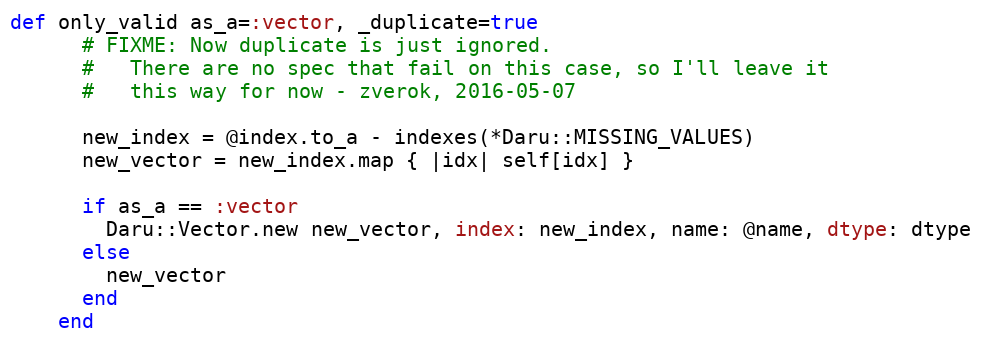
Language: Ruby
def only_valid as_a=:vector, _duplicate=true
      # FIXME: Now duplicate is just ignored.
      #   There are no spec that fail on this case, so I'll leave it
      #   this way for now - zverok, 2016-05-07

      new_index = @index.to_a - indexes(*Daru::MISSING_VALUES)
      new_vector = new_index.map { |idx| self[idx] }

      if as_a == :vector
        Daru::Vector.new new_vector, index: new_index, name: @name, dtype: dtype
      else
        new_vector
      end
    end